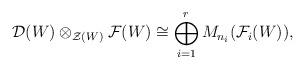
LaTeX: \begin{align*}\mathcal{D}(W) \otimes_{\mathcal Z(W)} \mathcal{F}(W) \cong \bigoplus_{i=1}^r M_{n_i}(\mathcal F_i(W)),\end{align*}